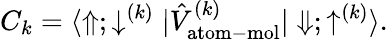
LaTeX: C_{k}=\langle\Uparrow;\downarrow^{(k)}|\hat{V}_{\mathrm{atom-mol}}^{(k)}|\Downarrow;\uparrow^{(k)}\rangle.